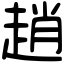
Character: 趙